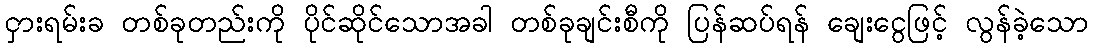
ငှားရမ်းခ တစ်ခုတည်းကို ပိုင်ဆိုင်သောအခါ တစ်ခုချင်းစီကို ပြန်ဆပ်ရန် ချေးငွေဖြင့် လွန်ခဲ့သော